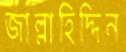
জাল্লাহিদ্দিন